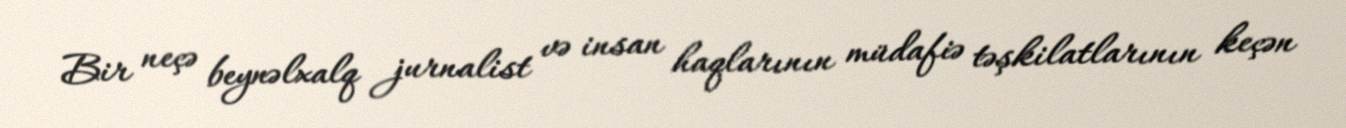
Bir neçə beynəlxalq jurnalist və insan haqlarının müdafiə təşkilatlarının keçən